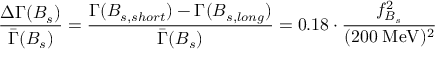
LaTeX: \frac { \Delta \Gamma ( B _ { s } ) } { \bar { \Gamma } ( B _ { s } ) } = \frac { \Gamma ( B _ { s , s h o r t } ) - \Gamma ( B _ { s , l o n g } ) } { \bar { \Gamma } ( B _ { s } ) } = 0 . 1 8 \cdot \frac { f _ { B _ { s } } ^ { 2 } } { ( 2 0 0 \; \mathrm { M e V } ) ^ { 2 } }